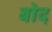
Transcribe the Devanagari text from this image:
बोद